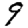
Digit: 9